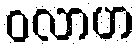
ဝလာဟ